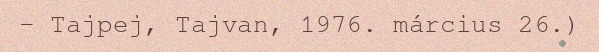
– Tajpej, Tajvan, 1976. március 26.)